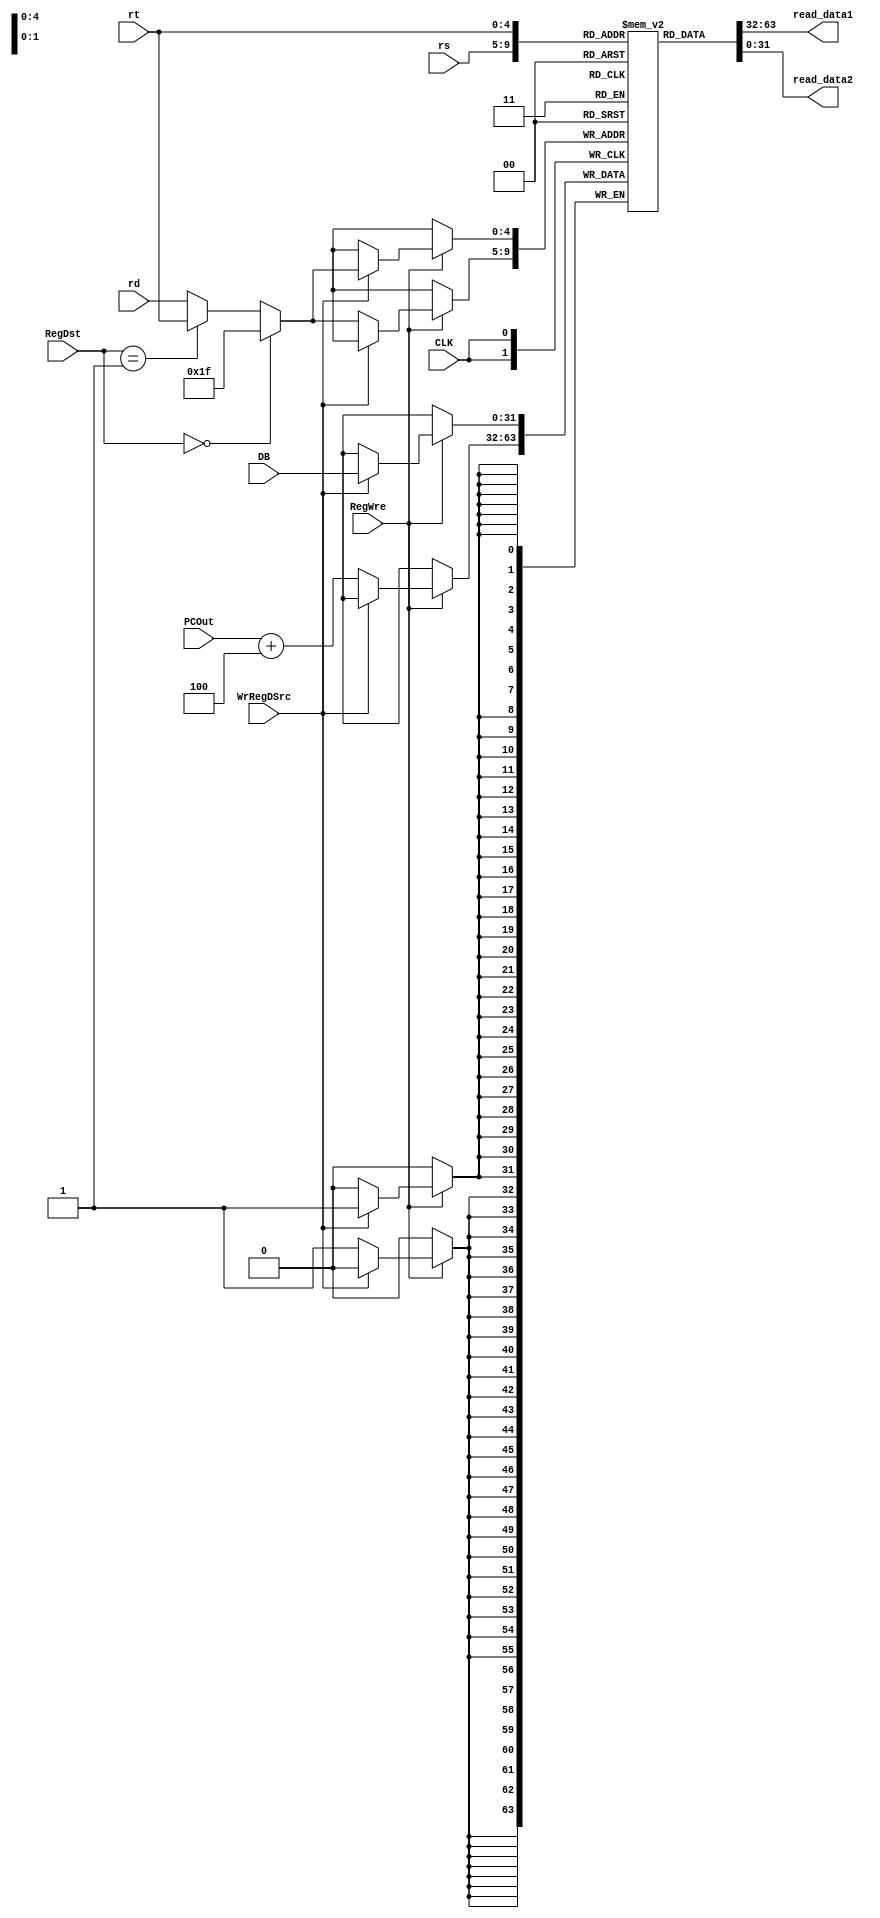
`timescale 1ns / 1ps
//////////////////////////////////////////////////////////////////////////////////
// Company: 
// Engineer: 
// 
// Design Name: 
// Module Name: Registers
// Project Name: 
// Target Devices: 
// Tool Versions: 
// Description: 
// 
// Dependencies: 
// 
// Revision:
// Revision 0.01 - File Created
// Additional Comments:
// 
//////////////////////////////////////////////////////////////////////////////////


module Registers(
	input CLK, 
	input RegWre, 
	input [4:0] rs, 
	input [4:0] rt, 
	input [4:0] rd, 
	input [1:0] RegDst, 
	input WrRegDSrc, 
	input [31:0] PCOut, 
	input [31:0] DB, 
	output [31:0] read_data1, 
	output [31:0] read_data2
	);
    reg [4:0] rin;
    reg [31:0] registers [31:0];
	integer i;
	initial begin
		for (i = 0; i < 11; i = i + 1)
			registers[i] = i+2;
		registers[16] = 8;
	end
	assign read_data1 = registers[rs];
    assign read_data2 = registers[rt];
    
	always@(negedge CLK) begin
        if (RegWre == 1) begin
			if (WrRegDSrc == 1)
				registers[rin] = DB;
			else
				registers[rin] = PCOut + 4;
		end
    end
	
	always@(RegDst or rt or rd) begin
		if (RegDst == 2'b00)
			rin = 5'h1f;
		else begin
			if (RegDst == 2'b01)
				rin = rt;
			else
				rin = rd;
		end
    end
    
    
endmodule